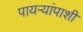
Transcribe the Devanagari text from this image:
पायऱ्यांपाशी